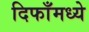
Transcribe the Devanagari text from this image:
दिफाँमध्ये